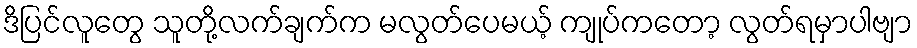
ဒိပြင်လူတွေ သူတို့လက်ချက်က မလွတ်ပေမယ့် ကျုပ်ကတော့ လွတ်ရမှာပါဗျာ